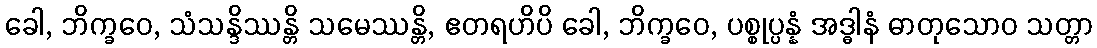
ခေါ, ဘိက္ခဝေ, သံသန္ဒိဿန္တိ သမေဿန္တိ, ဧတရဟိပိ ခေါ, ဘိက္ခဝေ, ပစ္စုပ္ပန္နံ အဒ္ဓါနံ ဓာတုသောဝ သတ္တာ